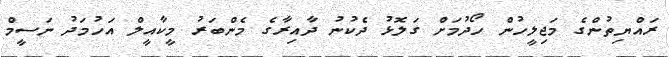
ރައްޔިތުންގެ މަޖިލީހުން ހޯދުމަށް ގަލޮޅު ދެކުނު ދާއިރާގެ މެންބަރު މީކާއީލް އަހުމަދު ނަސީމް